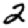
Digit: 2